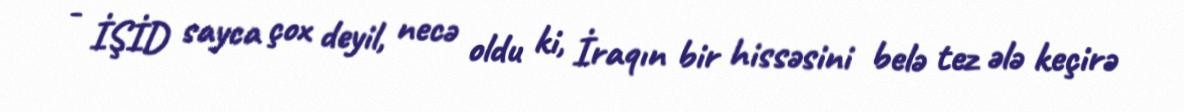
- İŞİD sayca çox deyil, necə oldu ki, İraqın bir hissəsini belə tez ələ keçirə